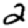
Digit: 2